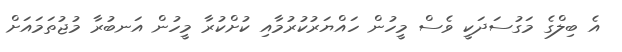
އެ ބިލްގެ މަގުސަދަކީ ވެސް މީހުން ހައްޔަރުކުރުމާއި ކުށްކުރާ މީހުން އަނބުރާ މުޖުތަމައަށް